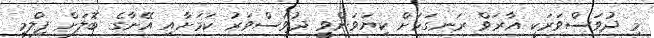
މި ދުވަސްވަރަކީ އާރަވް ރަނގަޅަށް ކިޔަވަންވީ ދުވަސްވަރު ކަމަށާއި އޭނާގެ ބޮލަށް ފިލްމީ